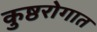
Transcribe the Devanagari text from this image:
कुष्ठरोगात